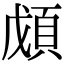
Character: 𩒃